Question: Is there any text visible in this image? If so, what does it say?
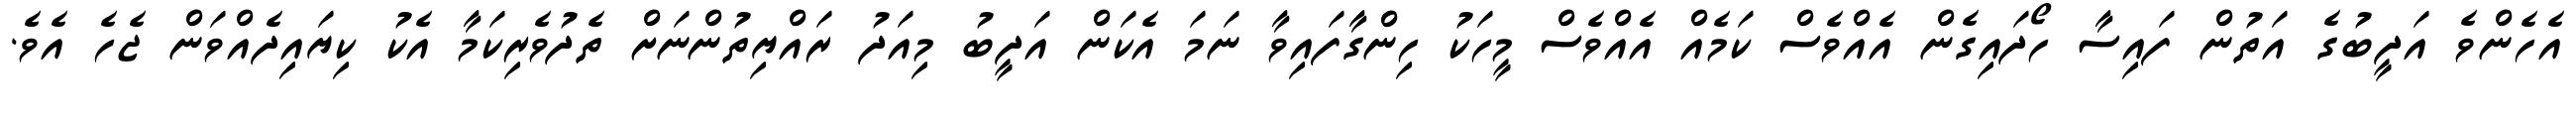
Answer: އެހެންވެ އަދީބުގެ އަތުން ފައިސާ ހޯދައިގެން އެއްވެސް ކަމެއް އެއްވެސް މީހަކު ހިންގާފައިވާ ނަމަ އެކަން އަދީބު މިއަދު ރައްޔިތުންނަށް ތެދުވެރިކަމާ އެކު ކިޔައިދެއްވަން ޖެހެ އެވެ.